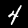
Label: 4